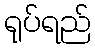
ရုပ်ရည်